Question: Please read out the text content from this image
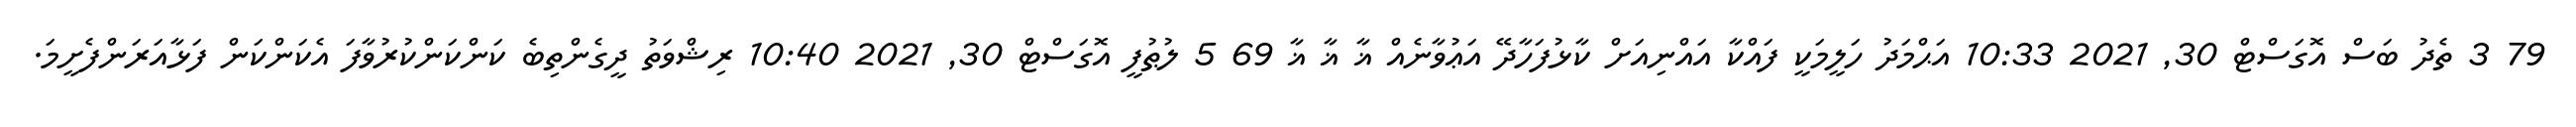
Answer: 79 3 ތެދު ބަސް އޮގަސްޓް 30, 2021 10:33 އަޙްމަދު ހަލީމަކީ ފައްކާ އައްނިއަށް ކާޅުފަހާދޭ އަޢުވާނެއް ޣާ ޣާ ޣާ 69 5 ލުޠުފީ އޮގަސްޓް 30, 2021 10:40 ރިޝްވަތު ދީގެންތިބެ ކަންކަންކުރުވާފަ އެކަންކަން ފަޅާއަރަންފެށީމަ.